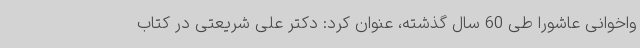
واخوانی عاشورا طی 60 سال گذشته، عنوان کرد: دکتر علی شریعتی در کتاب